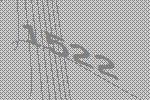
1522